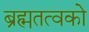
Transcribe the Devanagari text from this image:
ब्रह्मतत्वको